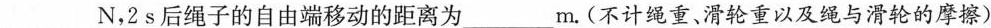
___N，2 s后绳子的自由端移动的距离为___m.(不计绳重、滑轮重以及绳与滑轮的摩擦)